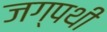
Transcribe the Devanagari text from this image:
जग्पथी